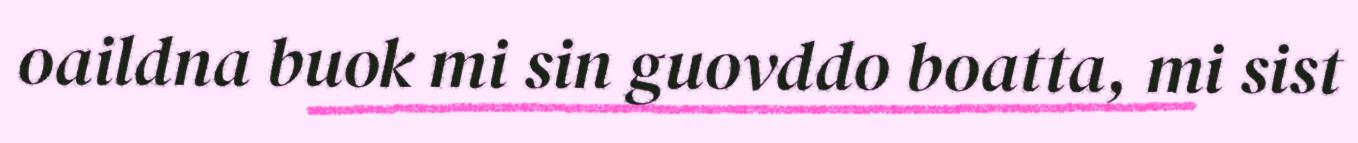
oaildna buok mi sin guovddo boatta, mi sist